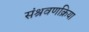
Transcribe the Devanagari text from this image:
संश्रवणक्रिया